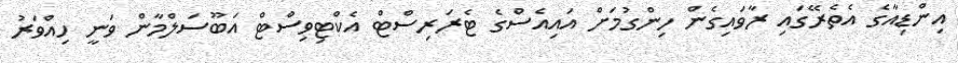
އިންޑިއާގެ އެތެރޭގައި ރާވައިގެން ހިންގުމަށް އައިއެސްގެ ޓެރަރިސްޓް އެކްޓިވިސްޓް އަބޫސަލްމާން ވަނީ ހިއްވަރު